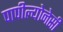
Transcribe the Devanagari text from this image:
पापील्योनेसी